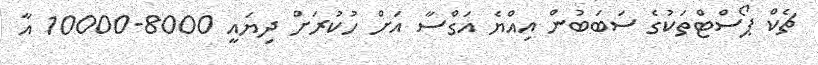
ޗެކް ޕޯސްޓްތަކުގެ ސަބަބުން އިއްޔެ އަގްސާ އަށް ހުކުރަށް ދިޔައީ 8000-10000 އާ